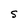
Character: S